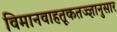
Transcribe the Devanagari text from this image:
विमानवाहतूकतज्ज्ञानुसार